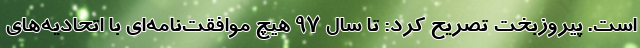
است. پیروزبخت تصریح کرد: تا سال 97 هیچ موافقت‌نامه‌ای با اتحادیه‌های